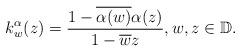
LaTeX: \begin{align*}k_{w}^{\alpha}(z)=\frac{1-\overline{\alpha(w)}\alpha(z)}{1-\overline{w}z},w, z\in\mathbb{D}.\end{align*}